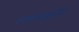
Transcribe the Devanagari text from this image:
स्वभावामुळेच